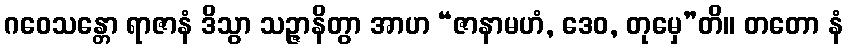
ဂဝေသန္တော ရာဇာနံ ဒိသွာ သဉ္ဇာနိတွာ အာဟ “ဇာနာမဟံ, ဒေဝ, တုမှေ”တိ။ တတော နံ